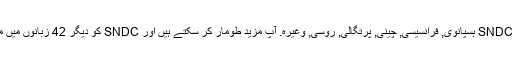
واپسی کے طور پر ، ہم کی مخفف کا ترجمہ کیا ہے SNDC ہسپانوی, فرانسیسی, چینی, پرتگالی, روسی, وغیرہ. آپ مزید طومار کر سکتے ہیں اور SNDC کو دیگر 42 زبانوں میں معنی تلاش کرنے کے لیے زبان مینیو پر کلک کریں ۔